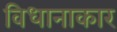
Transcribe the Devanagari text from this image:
विधानाकार